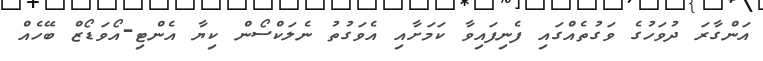
އަންގާރަ ދުވަހުގެ ވަގުތެއްގައި ފެނިފައިވާ ކަމަށާއި އެވަގުތު ނެލަކްސޯން ކިޔާ އެންޓި-އޯވަޑޯޒް ބޭހެއް